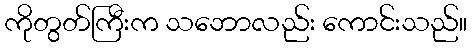
ကိုတွတ်ကြီးက သဘောလည်း ကောင်းသည်။